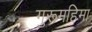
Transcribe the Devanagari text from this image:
गुरूमहिमा